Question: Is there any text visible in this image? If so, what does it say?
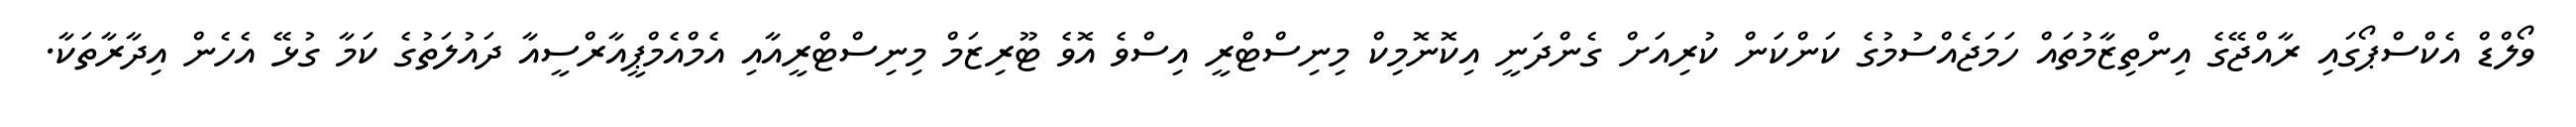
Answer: ވޯލްޑް އެކްސްޕޯގައި ރާއްޖޭގެ އިންތިޒާމުތައް ހަމަޖެއްސުމުގެ ކަންކަން ކުރިއަށް ގެންދަނީ އިކޮނޮމިކް މިނިސްޓްރީ އިސްވެ އޮވެ ޓޫރިޒަމް މިނިސްޓްރީއާއި އެމްއެމްޕީއާރްސީއާ ދައުލަތުގެ ކަމާ ގުޅޭ އެހެން އިދާރާތަކާ.